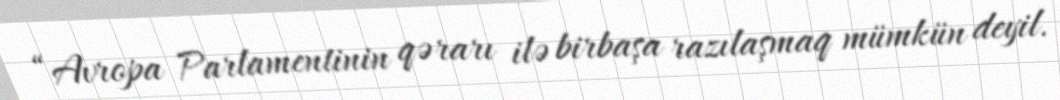
“Avropa Parlamentinin qərarı ilə birbaşa razılaşmaq mümkün deyil.